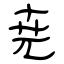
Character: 尭